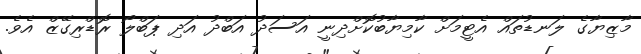
މާޒިޔާގެ ލަނޑުތައް އެޓީމަށް ކާމިޔާބުކޮށްދިނީ އަސަދު އަބްދު އަދި ޕަބްލޯ ރޮޑްރިގޭޒް އެވެ.